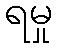
ရမှု